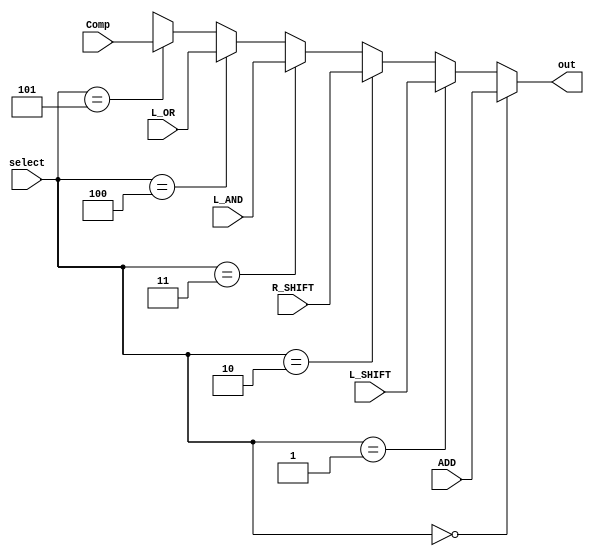
`timescale 1ns / 1ps
//////////////////////////////////////////////////////////////////////////////////
// Company: 
// Engineer: 
// 
// Design Name: 
// Module Name:    MUX 
// Project Name: 
// Target Devices: 
// Tool versions: 
// Description: 
//
// Dependencies: 
//
// Revision: 
// Revision 0.01 - File Created
// Additional Comments: 
//
//////////////////////////////////////////////////////////////////////////////////
module MUX(

    input [7:0] ADD, L_SHIFT, R_SHIFT, L_AND, L_OR, Comp,
    input [2:0] select,
    output reg [7:0] out
    );
	 
    always @(select) begin 
	   if (select == 0) out <= ADD; 
	   else if (select == 1) out <= L_SHIFT;
      else if (select == 2) out <= R_SHIFT;
	   else if (select == 3) out <= L_AND;
	   else if (select == 4) out <= L_OR;
	   else if (select == 5) out <= Comp; 
	   else out <= 8'bxxxxxxxx;  
	 end 
	 
 
endmodule